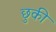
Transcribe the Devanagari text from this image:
छुकी